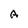
Character: A